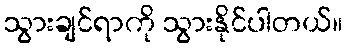
သွားချင်ရာကို သွားနိုင်ပါတယ်။